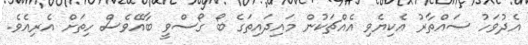
އެދުވަހު ސައްތާރު އެކިޔެވި އެއްޗަކުން މައިދައިތަގެ ބޯ ގޯސްވީ ބާއޭވެސް ހިތަށް އެރިއެވެ.